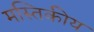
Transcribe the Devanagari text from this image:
मस्तिकीय